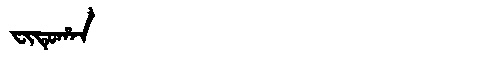
Manchu: ᠸᡳᡨᡠᡥᠠᠨ
Romanization: FITUHAN